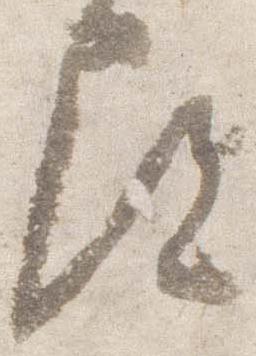
尋